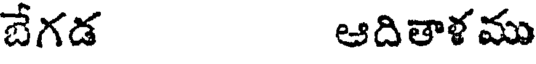
బేగడ ఆదితాళము